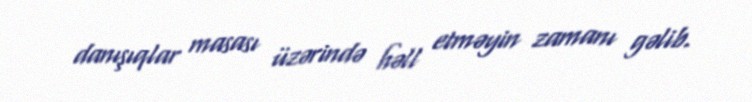
danışıqlar masası üzərində həll etməyin zamanı gəlib.